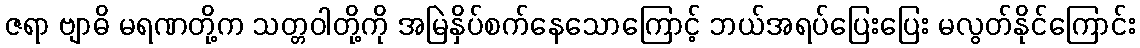
ဇရာ ဗျာဓိ မရဏတို့က သတ္တဝါတို့ကို အမြဲနှိပ်စက်နေသောကြောင့် ဘယ်အရပ်ပြေးပြေး မလွတ်နိုင်ကြောင်း